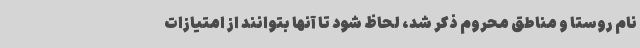
نام روستا و مناطق محروم ذکر شد، لحاظ شود تا آنها بتوانند از امتیازات